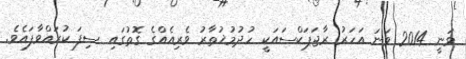
ވަނީ 2014 ވަނަ އަހަރު ރާޖަޕަކްސައަކީ ހުދުމުޚުތާރު ވެރިއެއްގެ ގޮތުގައި ސިފަ ކުރައްވާފައެވެ.